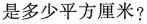
是多少平方厘米?